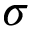
\sigma